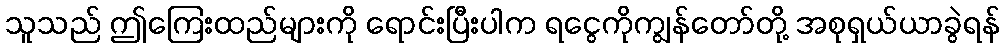
သူသည် ဤကြေးထည်များကို ရောင်းပြီးပါက ရငွေကိုကျွန်တော်တို့ အစုရှယ်ယာခွဲရန်